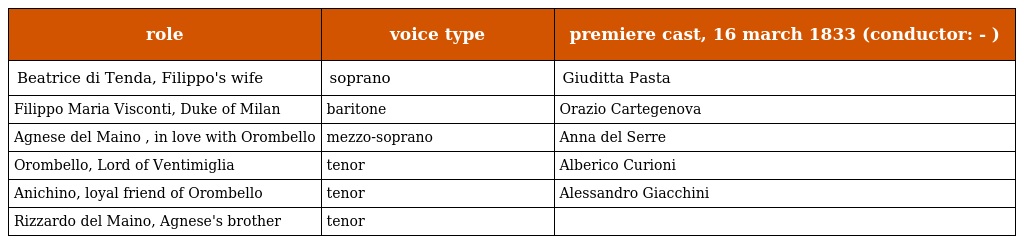
| role | voice type | premiere cast, 16 march 1833 (conductor: - ) |
 | --- | --- | --- |
 | Beatrice di Tenda, Filippo's wife | soprano | Giuditta Pasta |
 | Filippo Maria Visconti, Duke of Milan | baritone | Orazio Cartegenova |
 | Agnese del Maino , in love with Orombello | mezzo-soprano | Anna del Serre |
 | Orombello, Lord of Ventimiglia | tenor | Alberico Curioni |
 | Anichino, loyal friend of Orombello | tenor | Alessandro Giacchini |
 | Rizzardo del Maino, Agnese's brother | tenor |  |